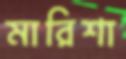
মারিশা